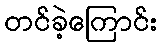
တင်ခဲ့ကြောင်း